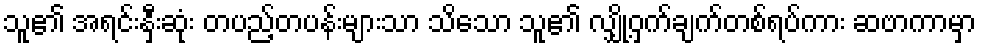
သူ၏ အရင်းနှီးဆုံး တပည့်တပန်းများသာ သိသော သူ၏ လျှို့ဝှက်ချက်တစ်ရပ်ကား ဆဗာကာမှာ